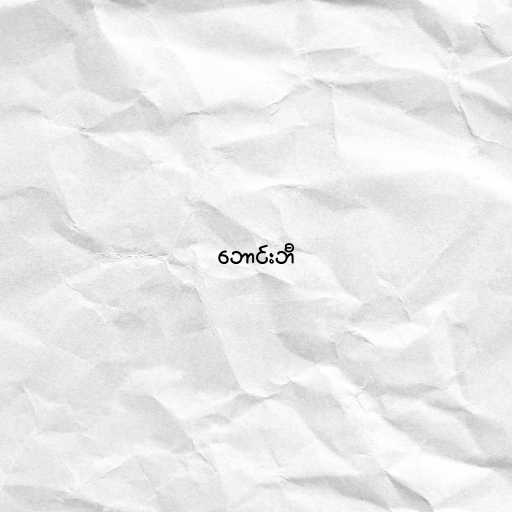
ဘောင်းဘီ